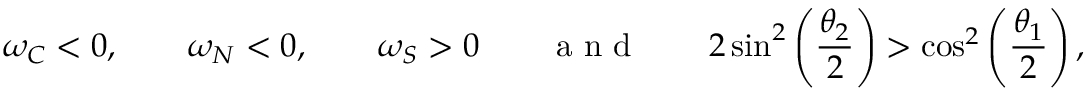
\omega _ { C } < 0 , \qquad \omega _ { N } < 0 , \qquad \omega _ { S } > 0 \qquad \textnormal { a n d } \qquad 2 \sin ^ { 2 } \left( \frac { \theta _ { 2 } } { 2 } \right) > \cos ^ { 2 } \left( \frac { \theta _ { 1 } } { 2 } \right) ,